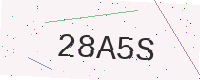
Text: 28A5S